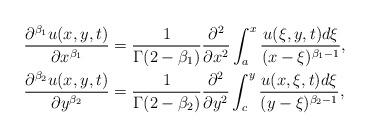
LaTeX: \begin{align*} \frac{\partial^{\beta_1} u(x,y,t)}{\partial x^{\beta_1}}&=\frac{1}{\Gamma(2-\beta_1)}\frac{\partial^2 }{\partial x^2} \int^x_a\frac{u(\xi,y,t)d\xi}{(x-\xi)^{\beta_1-1}},\\ \frac{\partial^{\beta_2} u(x,y,t)}{\partial y^{\beta_2}}&=\frac{1}{\Gamma(2-\beta_2)}\frac{\partial^2 }{\partial y^2} \int^y_c\frac{u(x,\xi,t)d\xi}{(y-\xi)^{\beta_2-1}},\end{align*}